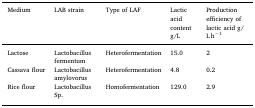
<table><thead><tr><td><b>Medium</b></td><td><b>LAB strain</b></td><td><b>Type of LAF</b></td><td><b>Lactic acid content g/L</b></td><td><b>Production efficiency of lactic acid g/L h<sup>−1</sup></b></td></tr></thead><tbody><tr><td>Lactose</td><td>Lactobacillus fermentum</td><td>Heterofermentation</td><td>15.0</td><td>2</td></tr><tr><td>Cassava flour</td><td>Lactobacillus amylovorus</td><td>Heterofermentation</td><td>4.8</td><td>0.2</td></tr><tr><td>Rice flour</td><td>Lactobacillus Sp.</td><td>Homofermentation</td><td>129.0</td><td>2.9</td></tr></tbody></table>